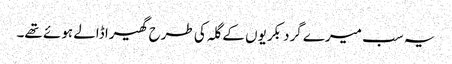
یہ سب میرے گرد بکریوں کے گلہ کی طرح گھیرا ڈالے ہوئے تھے۔